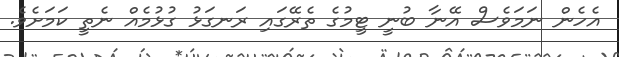
އެހެން ނަމަވެސް އޭނާ ބުނީ ޓީމުގެ ތެރޭގައި ރަނގަޅު ގުޅުމެއް ނެތީ ކަމަށެވެ.